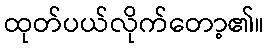
ထုတ်ပယ်လိုက်တော့၏။